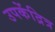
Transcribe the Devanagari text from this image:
उपकेंद्रित्र